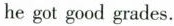
he got good grades.